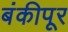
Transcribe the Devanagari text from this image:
बंकीपूर